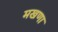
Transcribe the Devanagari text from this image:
मखणा